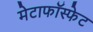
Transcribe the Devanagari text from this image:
मेटाफॉस्फेट